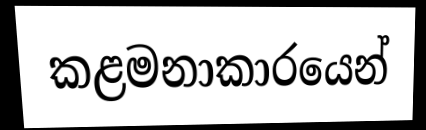
කළමනාකාරයෙන්